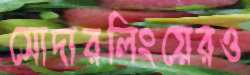
সোদারলিংয়েরও